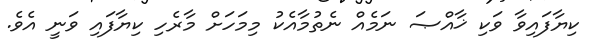
ކިޔާފައިވާ ވަކި ޚާއްޞަ ނަމެއް ނެތުމާއެކު މިމަހަށް މާރެހި ކިޔާފައި ވަނީ އެވެ.